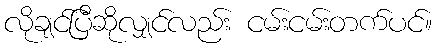
လိုချင်ပြီဆိုလျှင်လည်း ငမ်းငမ်းတက်ပင်။